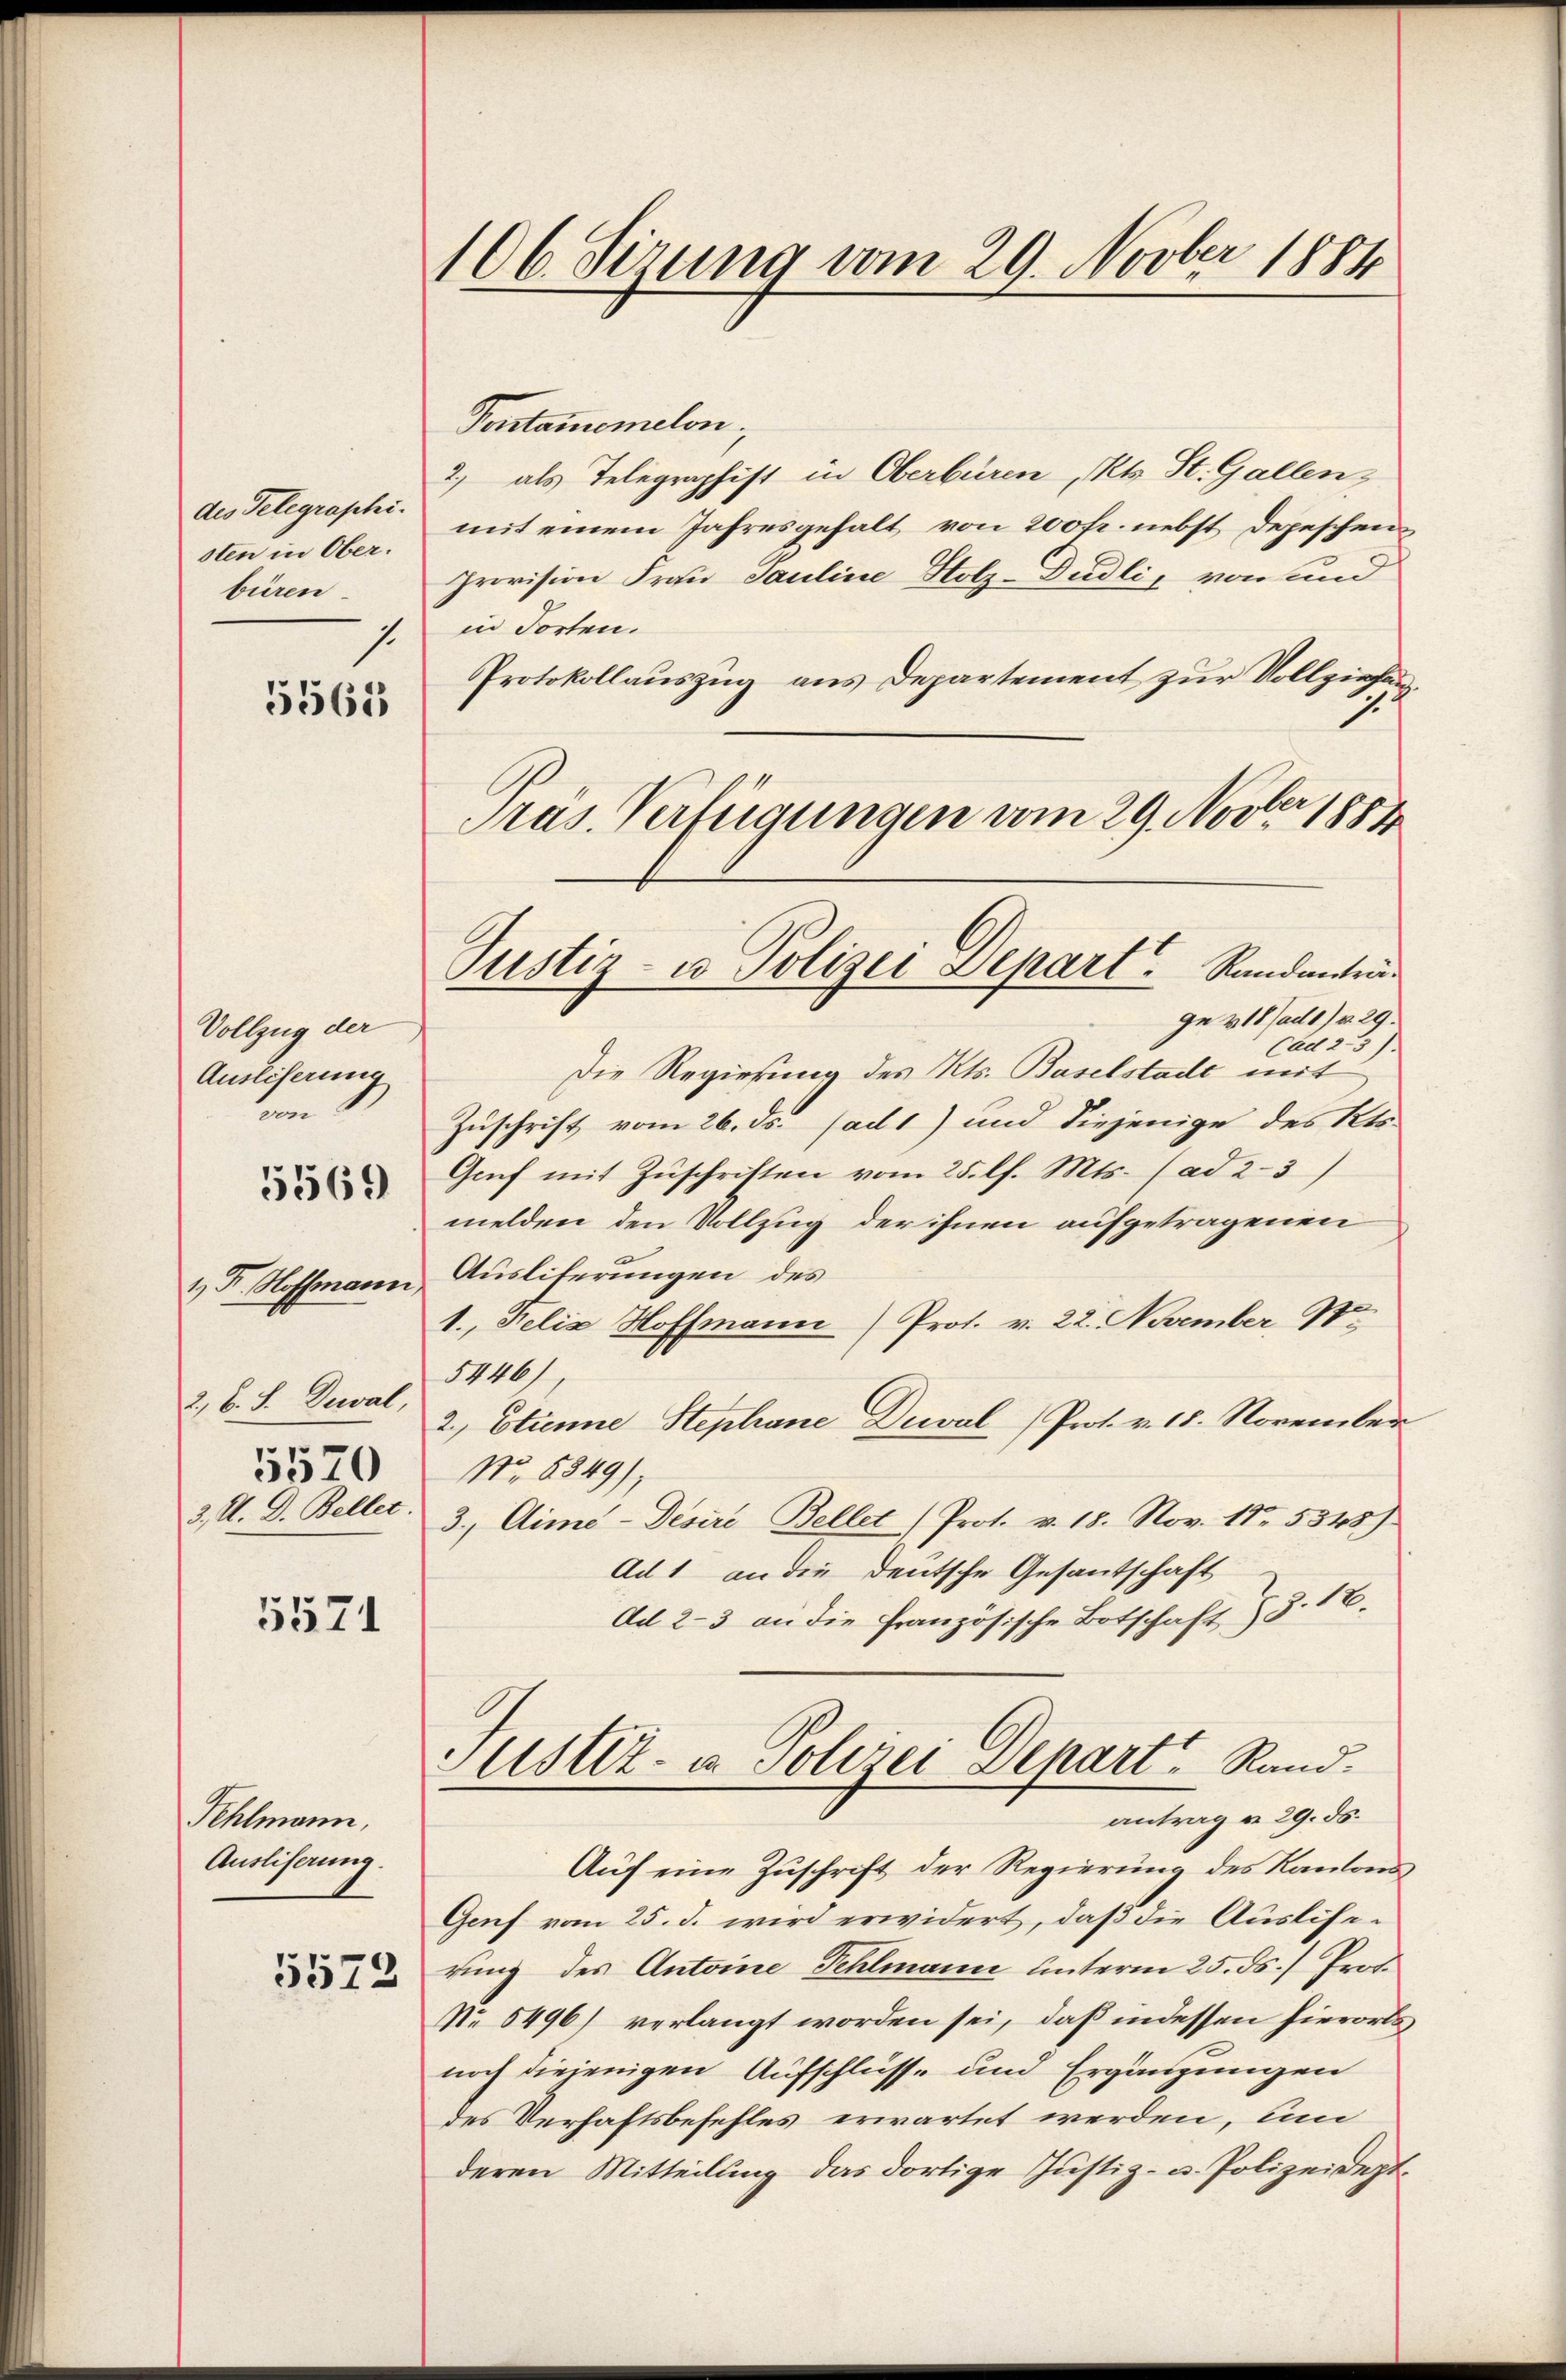
des Telegraphi.
sten in Ober.
büren
1

5565

Vollzug der
Auslieferung
von 8.
1 Fr. Hoffmann
2, b. S. Reval,
5570
3. M. D. Beller

5569

5571

Fehlmann,
Ausliserung.
5572

106. Sirung vom 29. Novber 1884

Pras. Verfügungen vom 29. Novber 1884
Justiz- u Polizei Depart. Randanträge 418 ad 1) d. 29.

Pontanemelon,
2, als Telegraphist in Oberbüren, Kts. St. Gallen,
mit einem Jahresgehalt von 200 fr. nebst Depeschen
Provision Frau Pauline Holz-Pudli, von und
in Torten.
Protokollauszug aus Departement zur Vollziehen
Cad 23).
Die Regierung des Kts. Baselstade mit
Zuschrift vom 26. ds. ad 1) und diejenige des Kts.
Graf mit Zuschriften vom 25. l. Mts. (ad 2-3)
melden den Vollzug der ihnen aufgetragenen
Ausliterungen des
1. Felix Hoffmann (Prot. v. 22. November 11ten
5446)
2., Etienne Stephane Dual Prot. v. 18. November
No. 8349),
3.) Cime-Desire Bellet (Prot. v. 18. Nov. 18. 5345)
Ad 1 an die Deutsche Gesantschaft
Ad 2-3 an die französische Botschaft I S. 16.
Justiz- u. Polizei Depart Rand.
antrag a 29. ds.
Auf eine Zuschrift der Regierung des Kantons
Genf vom 25. d. wird erwidert, daß die Ausliserung des Antoine Fehlmann unterm 25. ds.) Prof.
No 5496) verlangt worden sei, daß indessen hierortsnoch diejenigen Aufschlüsse und Ergänzungen
des Verhaftsbefehles erwartet werden, um
deren Mitteilung das dortige Justiz- u. Polizeidept¬